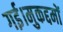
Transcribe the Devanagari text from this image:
गई।मुकद्दमों